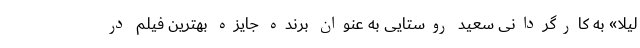
لیلا» به کارگردانی سعید روستایی به عنوان برنده جایزه بهترین فیلم در